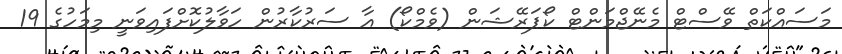
މަސައްކަތް ވޭސްޓް މެނޭޖްމަންޓް ކޯޕަރޭޝަން (ވެމްކޯ) އާ ސަރުކާރުން ހަވާލުކޮށްފައިވަނީ މިމަހުގެ 19